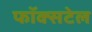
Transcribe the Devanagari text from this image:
फॉक्‍सटेल